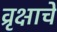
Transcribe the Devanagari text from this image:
व्रृक्षाचे